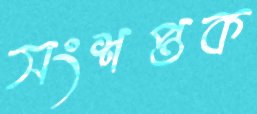
সংশপ্তক